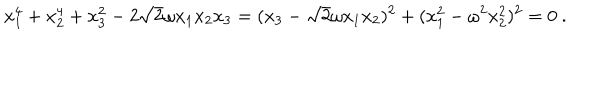
x _ { 1 } ^ { 4 } + x _ { 2 } ^ { 4 } + x _ { 3 } ^ { 2 } - 2 \sqrt { 2 } \omega x _ { 1 } x _ { 2 } x _ { 3 } = ( x _ { 3 } - \sqrt { 2 } \omega x _ { 1 } x _ { 2 } ) ^ { 2 } + ( x _ { 1 } ^ { 2 } - \omega ^ { 2 } x _ { 2 } ^ { 2 } ) ^ { 2 } = 0 \ .